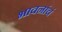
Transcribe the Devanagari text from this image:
भावनांचं